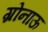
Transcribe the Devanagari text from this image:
ग्रोनाऊ